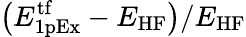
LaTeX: \big(E_{\mathrm{1pEx}}^{\mathrm{tf}}-E_{\mathrm{HF}}\big)/E_{\mathrm{HF}}